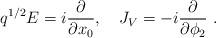
LaTeX: \begin{align*}q^{1/2}E=i{\partial\over\partial x_0},\quad J_V=-i{\partial\over\partial \phi_2} \ .\end{align*}